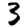
Digit: 3